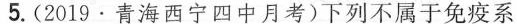
5.(2019·青海西宁四中月考)下列不属于免疫系